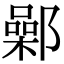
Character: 鄵